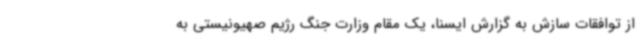
از توافقات سازش به گزارش ایسنا، یک مقام وزارت جنگ رژیم صهیونیستی به